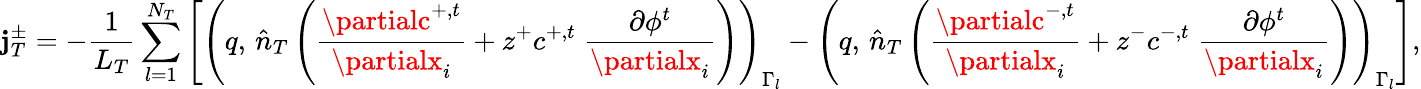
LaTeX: \mathbf{j}_{T}^{\pm}=-\frac{{1}}{{L_{T}}}\sum_{l=1}^{N_{T}}\left[\left(q,\, \hat{{n}}_{T}\left(\frac{{\partialc^{+,t}}}{{\partialx_{i}}}+z^{+}c^{+,t}\; \frac{{\partial\phi^{t}}}{{\partialx_{i}}}\right)\right)_{\Gamma_{l}}-\left(q,\, \hat{{n}}_{T}\left(\frac{{\partialc^{-,t}}}{{\partialx_{i}}}+z^{-}c^{-,t}\; \frac{{\partial\phi^{t}}}{{\partialx_{i}}}\right)\right)_{\Gamma_{l}}\right],